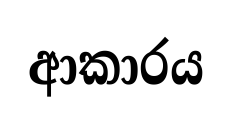
ආකාරය